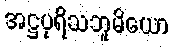
အဋ္ဌပုရိသဘူမိယော